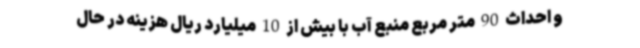
و احداث 90 متر مربع منبع آب با بیش از 10 میلیارد ریال هزینه در حال